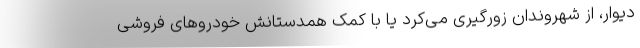
دیوار، از شهروندان زورگیری می‌کرد یا با کمک همدستانش خودرو‌های فروشی